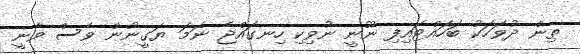
ތިން ދުވަހަކު ބަހައްޓައިފި ނޫނީ ނުވިކި ހިނގައްޖެ ނަމަ ޔަގީނުން ވެސް ވާނީ